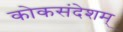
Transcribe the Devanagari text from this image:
कोकसंदेशम्